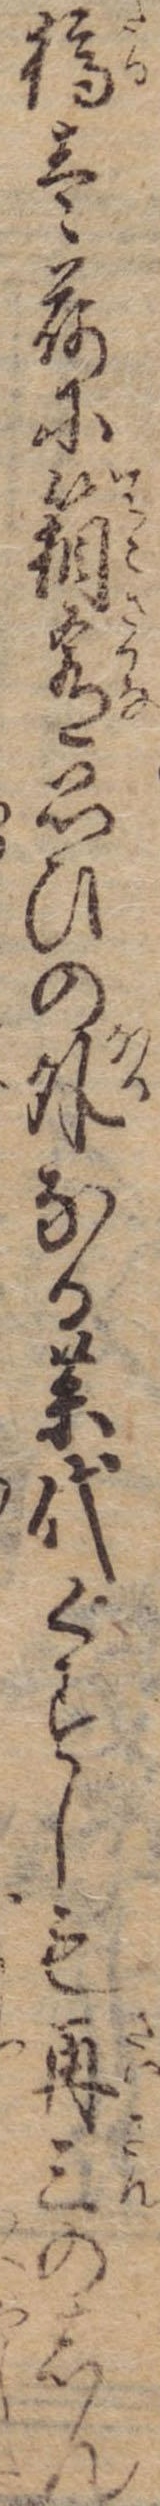
樽壱荷に箱肴思ひの外なる薬代くすしも再三のしん